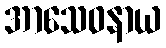
အာသေဝနာယ